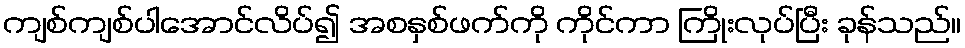
ကျစ်ကျစ်ပါအောင်လိပ်၍ အစနှစ်ဖက်ကို ကိုင်ကာ ကြိုးလုပ်ပြီး ခုန်သည်။